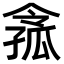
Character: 𡦈